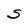
Character: S